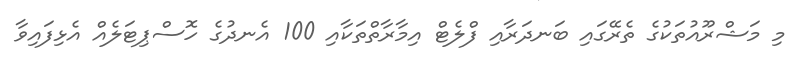
މި މަޝްރޫއުތަކުގެ ތެރޭގައި ބަނދަރާއި ފްލެޓް އިމާރާތްތަކާއި 100 އެނދުގެ ހޮސްޕިޓަލެއް އެޅިފައިވާ